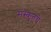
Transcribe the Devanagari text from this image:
संस्कॄतचे